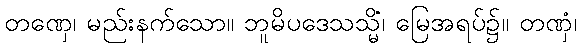
တဏှေ၊ မည်းနက်သော။ ဘူမိပဒေသသ္မိံ၊ မြေအရပ်၌။ တဏှံ၊